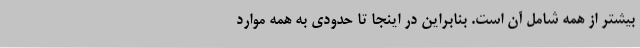
بیشتر از همه شامل آن است. بنابراین در اینجا تا حدودی به همه موارد